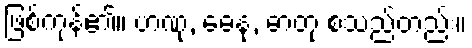
ဖြစ်ကုန်၏။ ဟဏု, ဓေနု, ဓာတု စသည်တည်း။